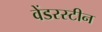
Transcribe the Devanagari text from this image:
वेंडरस्टीन